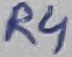
Text: R4